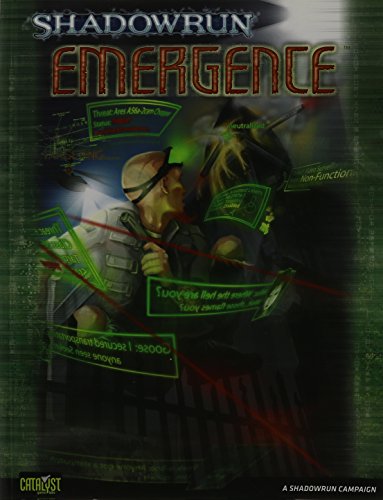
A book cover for Shadowrun Emergence; Science Fiction & Fantasy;